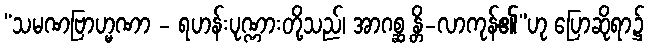
“သမဏဗြာဟ္မဏာ - ရဟန်းပုဏ္ဏားတို့သည်၊ အာဂစ္ဆ န္တိ-လာကုန်၏”ဟု ပြောဆိုရာ၌